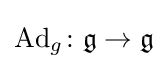
\operatorname {Ad} _{g}\colon {\mathfrak {g}}\to {\mathfrak {g}}